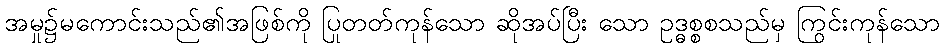
အမှု၌မကောင်းသည်၏အဖြစ်ကို ပြုတတ်ကုန်သော ဆိုအပ်ပြီး သော ဥဒ္ဓစ္စစသည်မှ ကြွင်းကုန်သော